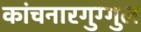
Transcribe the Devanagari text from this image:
कांचनारगुग्गुल